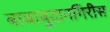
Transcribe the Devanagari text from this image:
बाबाबुदानगिरीस